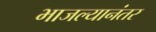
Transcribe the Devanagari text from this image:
भाजल्यानंतर